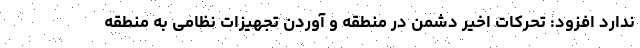
ندارد افزود: تحرکات اخیر دشمن در منطقه و آوردن تجهیزات نظامی به منطقه